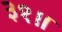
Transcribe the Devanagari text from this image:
३१॥